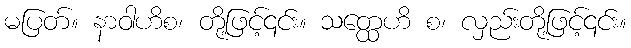
မပြတ်။ နာဝါဟိစ၊ တို့ဖြင့်၎င်း။ သတ္ထေဟိ စ၊ လှည်းတို့ဖြင့်၎င်း။